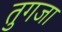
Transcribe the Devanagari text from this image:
तुगजा